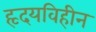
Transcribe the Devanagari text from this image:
हृदयविहीन